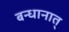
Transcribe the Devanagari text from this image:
बन्धानात्